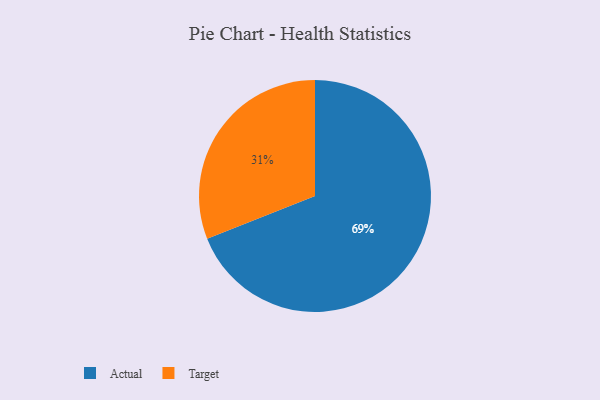
{"axis": {"x": "Category", "y": "Percentage"}, "legend": ["Actual", "Target"], "data": [{"x": "Actual", "y": 69, "type": "Actual"}, {"x": "Target", "y": 31, "type": "Target"}]}